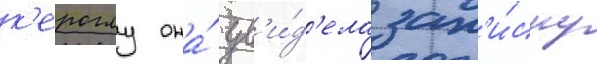
к'ероглу она́ ув'и́д'ела зап'и́ску